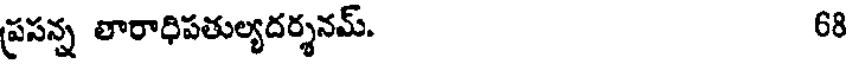
ప్రసన్న తారాధిపతుల్యదర్శనమ్. 68